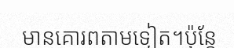
មានគោរពតាមទៀត។ប៉ុន្តែ